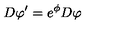
D \varphi ^ { \prime } = e ^ { \phi } D \varphi